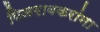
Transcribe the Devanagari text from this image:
पिळगावकरांना